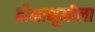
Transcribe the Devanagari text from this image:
दीक्षाभूमीला